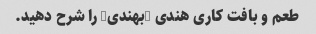
طعم و بافت کاری هندی "بهندی" را شرح دهید.